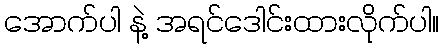
အောက်ပါ နဲ့ အရင်ဒေါင်းထားလိုက်ပါ။